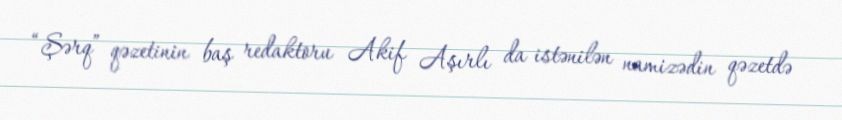
“Şərq” qəzetinin baş redaktoru Akif Aşırlı da istənilən namizədin qəzetdə